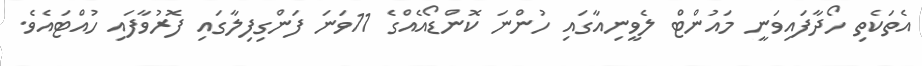
އެތަކެތި ހޯދާފައިވަނީ މައުންޓް ލެވީނިއާގައި ހުންނަ ކޮންޑޯއެއްގެ 11ވަނަ ފަންގިފިލާގައި ފޮރުވާފައި ހުއްޓައެވެ.